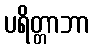
ပရိတ္တာဘာ